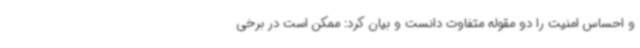
و احساس امنیت را دو مقوله متفاوت دانست و بیان کرد: ممکن است در برخی